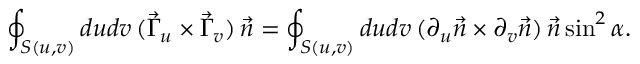
\oint _ { S ( u , v ) } d u d v \, ( \vec { \Gamma } _ { u } \times \vec { \Gamma } _ { v } ) \, \vec { n } = \oint _ { S ( u , v ) } d u d v \, ( \partial _ { u } \vec { n } \times \partial _ { v } \vec { n } ) \, \vec { n } \sin ^ { 2 } \alpha .